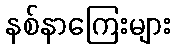
နစ်နာကြေးများ